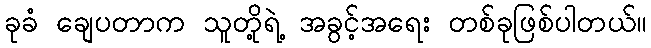
ခုခံ ချေပတာက သူတို့ရဲ့ အခွင့်အရေး တစ်ခုဖြစ်ပါတယ်။